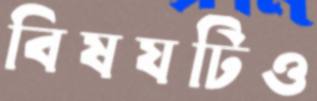
বিষযটিও